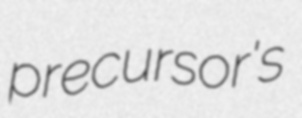
precursor's